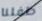
طفلنا